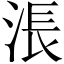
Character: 涱